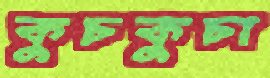
কুচকুচা